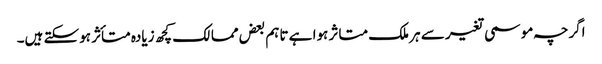
اگرچہ موسمی تغیر سے ہر ملک متاثر ہوا ہے تاہم بعض ممالک کچھ زیادہ متأثر ہوسکتے ہیں۔